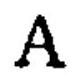
$A$